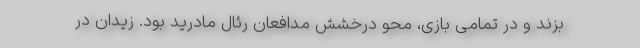
بزند و در تمامی بازی، محو درخشش مدافعان رئال مادرید بود. زیدان در